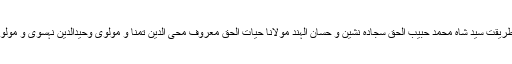
آپ کے خلفاء میں جامع الشریعت والطریقت سید شاہ محمد حبیب الحق سجادہ نشین و حسان الہند مولانا حیات الحق معروف محی الدین تمنا و مولوی وحیدالدین نہسوی و مولوی شاہ حسن رضا مرحوم بیتھوی ہیں۔